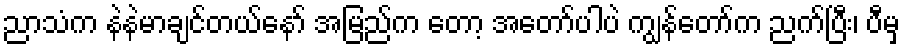
ညာသံက နဲနဲမာချင်တယ်နော် အမြည်က တော့ အတော်ပါပဲ ကျွန်တော်က ညက်ပြီး၊ ပီမှ